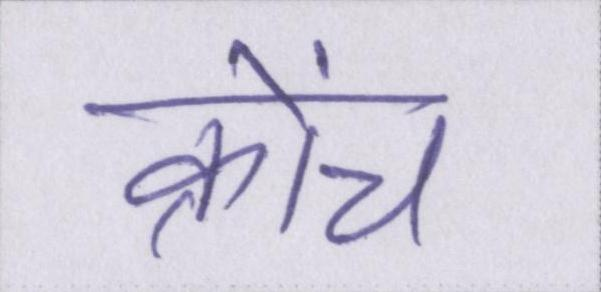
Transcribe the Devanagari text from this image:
क्रोंच